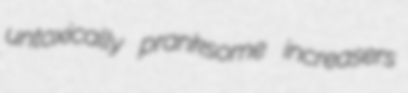
untoxically pranksome increasers